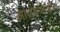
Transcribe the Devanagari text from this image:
आतडयातील